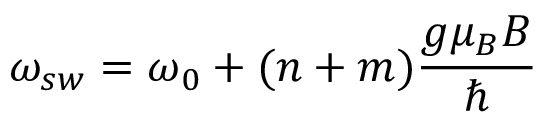
\omega _ { s w } = \omega _ { 0 } + ( n + m ) \frac { g \mu _ { B } B } { \hbar }